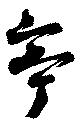
亭